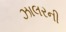
ઝાલરની